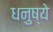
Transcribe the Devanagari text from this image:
धनुष्ये